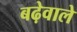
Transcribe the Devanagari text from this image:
बढ़ेवाले